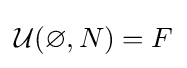
{\mathcal {U}}(\varnothing ,N)=F